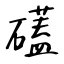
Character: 礚